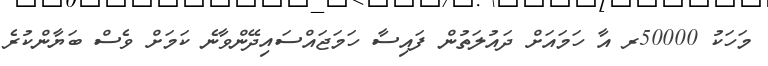
މަހަކު 50000ރ އާ ހަމައަށް ދައުލަތުން ފައިސާ ހަމަޖައްސައިދޭންވާނެ ކަމަށް ވެސް ބަޔާންކުރެ